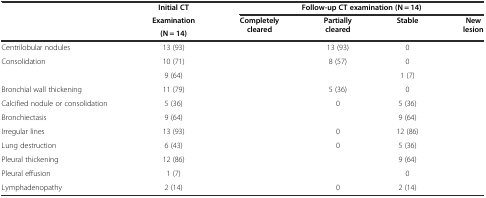
<table><thead><tr><td>[EMPTY_CELL]</td><td><b>Initial CT</b></td><td colspan="4"><b>Follow-up CT examination (N = 14)</b></td></tr><tr><td rowspan="2">[EMPTY_CELL]</td><td><b>Examination</b></td><td rowspan="2"><b>Completely cleared</b></td><td rowspan="2"><b>Partially cleared</b></td><td rowspan="2"><b>Stable</b></td><td rowspan="2"><b>New lesion</b></td></tr><tr><td><b>(N = 14)</b></td></tr></thead><tbody><tr><td>Centrilobular nodules</td><td>13 (93)</td><td>[EMPTY_CELL]</td><td>13 (93)</td><td>0</td><td>[EMPTY_CELL]</td></tr><tr><td>Consolidation</td><td>10 (71)</td><td>[EMPTY_CELL]</td><td>8 (57)</td><td>0</td><td>[EMPTY_CELL]</td></tr><tr><td>[EMPTY_CELL]</td><td>9 (64)</td><td>[EMPTY_CELL]</td><td>[EMPTY_CELL]</td><td>1 (7)</td><td>[EMPTY_CELL]</td></tr><tr><td>Bronchial wall thickening</td><td>11 (79)</td><td>[EMPTY_CELL]</td><td>5 (36)</td><td>0</td><td>[EMPTY_CELL]</td></tr><tr><td>Calcified nodule or consolidation</td><td>5 (36)</td><td>[EMPTY_CELL]</td><td>0</td><td>5 (36)</td><td>[EMPTY_CELL]</td></tr><tr><td>Bronchiectasis</td><td>9 (64)</td><td>[EMPTY_CELL]</td><td>[EMPTY_CELL]</td><td>9 (64)</td><td>[EMPTY_CELL]</td></tr><tr><td>Irregular lines</td><td>13 (93)</td><td>[EMPTY_CELL]</td><td>0</td><td>12 (86)</td><td>[EMPTY_CELL]</td></tr><tr><td>Lung destruction</td><td>6 (43)</td><td>[EMPTY_CELL]</td><td>0</td><td>5 (36)</td><td>[EMPTY_CELL]</td></tr><tr><td>Pleural thickening</td><td>12 (86)</td><td>[EMPTY_CELL]</td><td>[EMPTY_CELL]</td><td>9 (64)</td><td>[EMPTY_CELL]</td></tr><tr><td>Pleural effusion</td><td>1 (7)</td><td>[EMPTY_CELL]</td><td>[EMPTY_CELL]</td><td>0</td><td>[EMPTY_CELL]</td></tr><tr><td>Lymphadenopathy</td><td>2 (14)</td><td>[EMPTY_CELL]</td><td>0</td><td>2 (14)</td><td>[EMPTY_CELL]</td></tr></tbody></table>